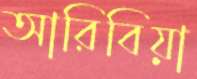
আরিবিয়া